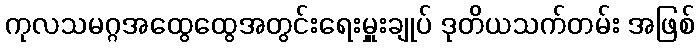
ကုလသမဂ္ဂအထွေထွေအတွင်းရေးမှူးချုပ် ဒုတိယသက်တမ်း အဖြစ်